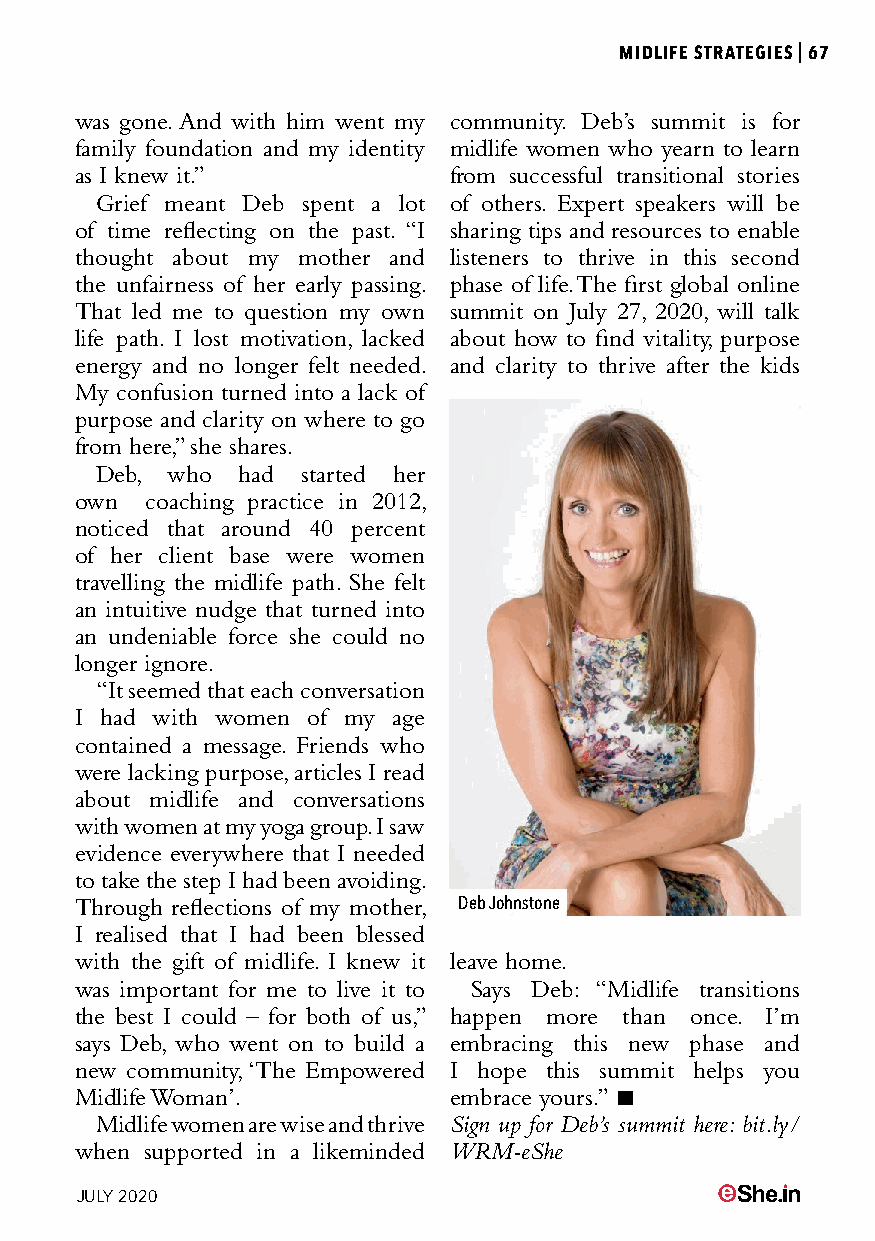
MIDLIFE STRATEGIES|67
 was gone. And with him went my community. Deb’s summit is for
 family foundation and my identity midlife women who yearn to learn
 as I knew it.”           from successful transitional stories
 Grief meant Deb spent a lot of others. Expert speakers will be
 of time reflecting on the past. “I sharing tips and resources to enable
 thought about my mother and listeners to thrive in this second
 the unfairness of her early passing. phase of life. The first global online
 That led me to question my own summit on July 27, 2020, will talk
 life path. I lost motivation, lacked about how to find vitality, purpose
 energy and no longer felt needed. and clarity to thrive after the kids
 My confusion turned into a lack of
 purpose and clarity on where to go
 from here,” she shares.
 Deb, who  had started her
 own  coaching practice in 2012,
 noticed that around 40 percent
 of her client base were women
 travelling the midlife path. She felt
 an intuitive nudge that turned into
 an undeniable force she could no
 longer ignore.
 “It seemed that each conversation
 I had with women of my age
 contained a message. Friends who
 were lacking purpose, articles I read
 about midlife and conversations
 with women at my yoga group. I saw
 evidence everywhere that I needed
 to take the step I had been avoiding.
 Through reflections of my mother, Deb Johnstone
 I realised that I had been blessed
 with the gift of midlife. I knew it leave home.
 was important for me to live it to Says Deb: “Midlife transitions
 the best I could – for both of us,” happen more than once. I’m
 says Deb, who went on to build a embracing this new phase and
 new community, ‘The Empowered I hope this summit helps you
 Midlife Woman’.          embrace yours.” 
 Midlife women are wise and thrive Sign up for Deb’s summit here: bit.ly/
 when supported in a likeminded WRM-eShe
 JULY 2020